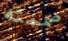
صممته